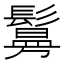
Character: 𫙃